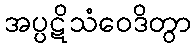
အပ္ပဋိသံဝေဒိတွာ